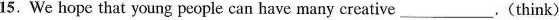
15.We hope that young people can have many creative___.(think)